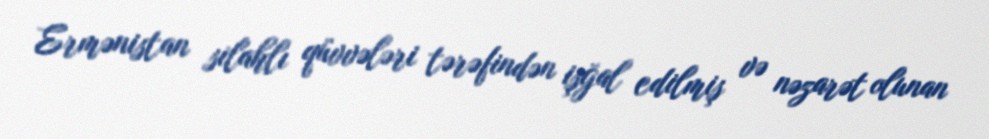
Ermənistan silahlı qüvvələri tərəfindən işğal edilmiş və nəzarət olunan